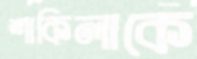
শাকিলাকে